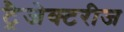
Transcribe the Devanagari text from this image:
ट्रैजेक्टरीज